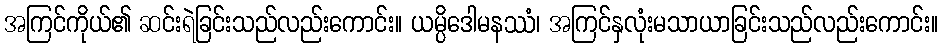
အကြင်ကိုယ်၏ ဆင်းရဲခြင်းသည်လည်းကောင်း။ ယမ္ပိဒေါမနဿံ၊ အကြင်နှလုံးမသာယာခြင်းသည်လည်းကောင်း။